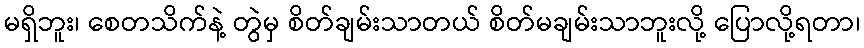
မရှိဘူး၊ စေတသိက်နဲ့ တွဲမှ စိတ်ချမ်းသာတယ် စိတ်မချမ်းသာဘူးလို့ ပြောလို့ရတာ၊